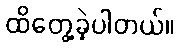
ထိတွေ့ခဲ့ပါတယ်။